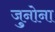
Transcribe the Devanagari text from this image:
जुनोना